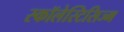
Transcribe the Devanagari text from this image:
स्कॉलेस्टिसिज्म